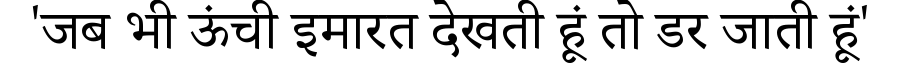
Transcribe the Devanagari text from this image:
'जब भी ऊंची इमारत देखती हूं तो डर जाती हूं'